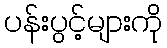
ပန်းပွင့်များကို